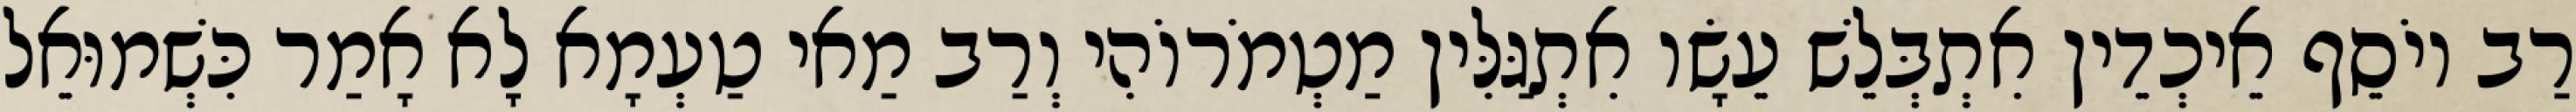
רַב יוֹסֵף אֵיכְדֵין אִתְבְּלֵשׁ עֵשָׂו אִתְגַּלִּין מַטְמֹרוֹהִי וְרַב מַאי טַעְמָא לָא אָמַר כִּשְׁמוּאֵל